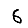
Digit: 6